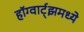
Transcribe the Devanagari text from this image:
हॉग्वार्ट्झमध्ये